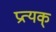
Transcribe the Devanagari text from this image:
प्रत्यक्